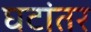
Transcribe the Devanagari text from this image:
घटांतर